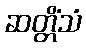
ဆတ္တိံသံ